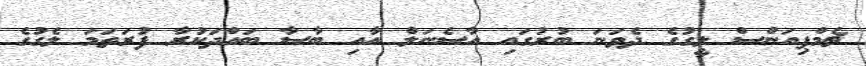
ޗެމްޕިއަންސް ލީގުގެ ދެވަނަ ބުރުގައި އާސެނަލް އާއި ބާސާ ބައްދަކުރާ ފުރަތަމަ ލެގުގެ